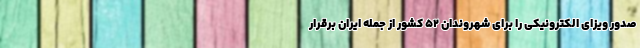
صدور ویزای الکترونیکی را برای شهروندان ۵۲ کشور از جمله ایران برقرار